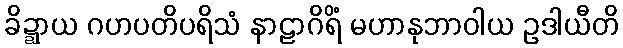
ခိဍ္ဍာယ ဂဟပတိပရိသံ နာဠာဂိရိံ မဟာနုဘာဝါယ ဥဒါယီတိ